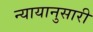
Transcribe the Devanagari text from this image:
न्यायानुसारी